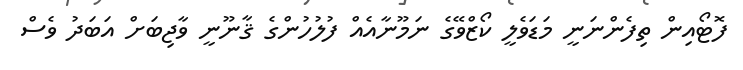
ފޮޓޯއިން ތިފެންނަނީ މަޑަވެލީ ކޯޒްވޭގެ ނަމޫނާއެއް ފުލުހުންގެ ޤާނޫނީ ވާޖިބަށް އަބަދު ވެސް